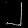
Digit: ၂